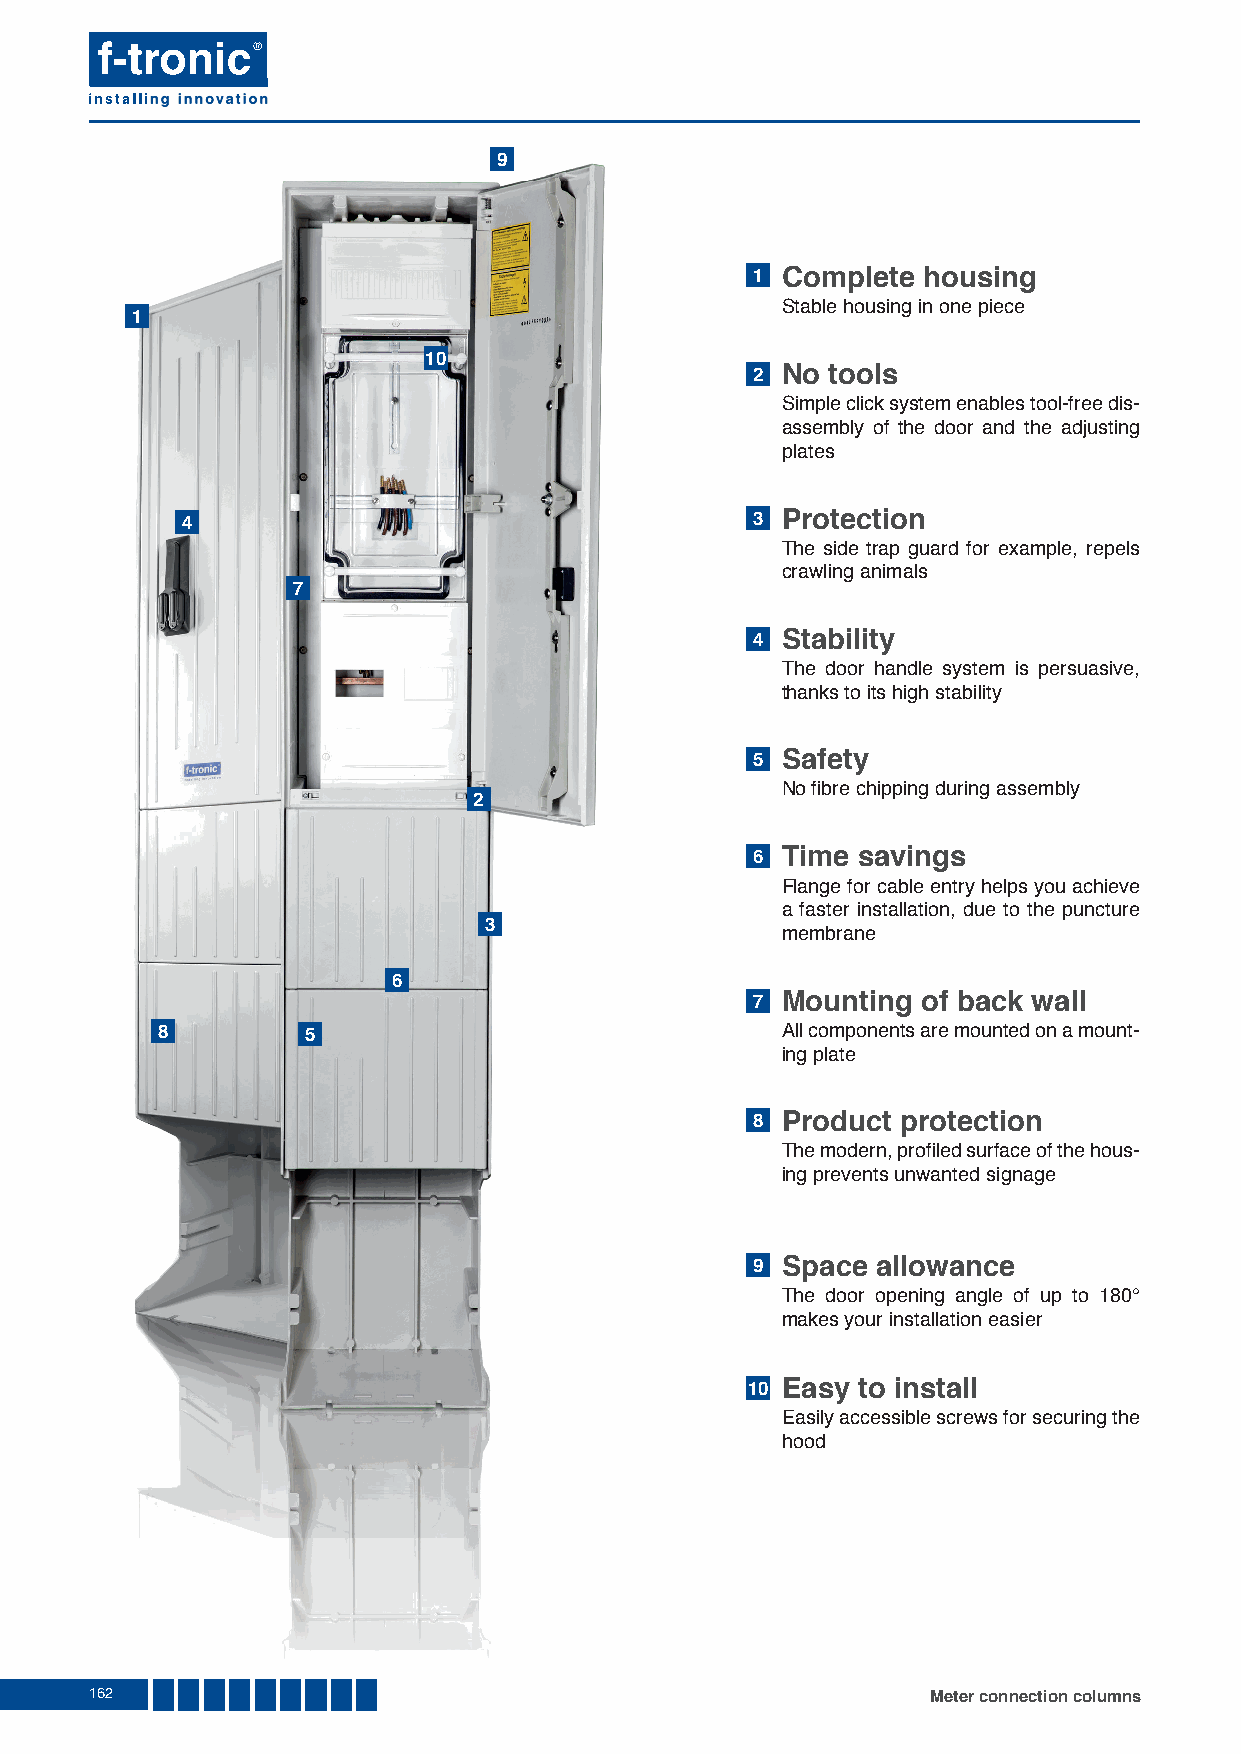
9
 1 Complete housing
 Stable housing in one piece
 1
 10
 2 No tools
 Simple click system enables tool-free dis-
 assembly of the door and the adjusting
 plates
 4                                     3 Protection
 The side trap guard for example, repels
 crawling animals
 7
 4 Stability
 The door handle system is persuasive,
 thanks to its high stability
 5 Safety
 No fi bre chipping during assembly
 2
 6 Time savings
 Flange for cable entry helps you achieve
 a faster installation, due to the puncture
 3
 membrane
 6
 7 Mounting of back wall
 8         5                               All components are mounted on a mount-
 ing plate
 8 Product protection
 The modern, profi led surface of the hous-
 ing prevents unwanted signage
 9 Space allowance
 The door opening angle of up to 180°
 makes your installation easier
 10 Easy to install
 Easily accessible screws for securing the
 hood
 162                                                     Meter connection columns